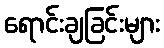
ရောင်းချခြင်းများ